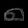
Digit: ၈